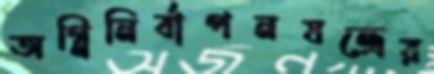
অগ্নিনির্বাপনযন্ত্রের